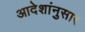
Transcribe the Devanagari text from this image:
आदेशांनुसार